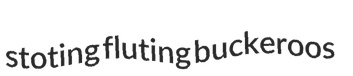
stoting fluting buckeroos